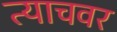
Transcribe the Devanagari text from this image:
त्याचवर